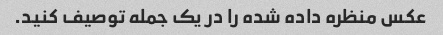
عکس منظره داده شده را در یک جمله توصیف کنید.